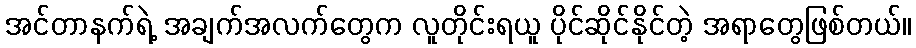
အင်တာနက်ရဲ့ အချက်အလက်တွေက လူတိုင်းရယူ ပိုင်ဆိုင်နိုင်တဲ့ အရာတွေဖြစ်တယ်။